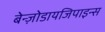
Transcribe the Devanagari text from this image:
बेन्ज़ोडायजिपाइन्स